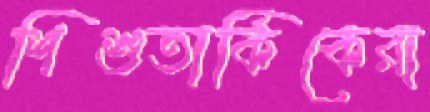
শিশুতার্কিকেরা